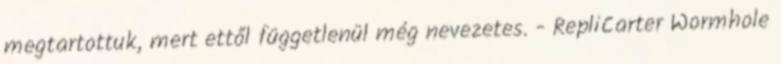
megtartottuk, mert ettől függetlenül még nevezetes. - RepliCarter Wormhole